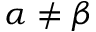
\alpha \neq \beta